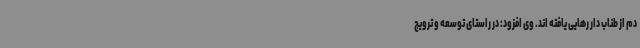
دم از طناب دار رهایی یافته اند. وی افزود: در راستای توسعه و ترویج